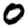
Digit: 0